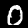
Digit: 0